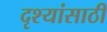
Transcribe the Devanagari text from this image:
दृश्यांसाठी